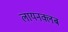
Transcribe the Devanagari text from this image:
लायनक्लब